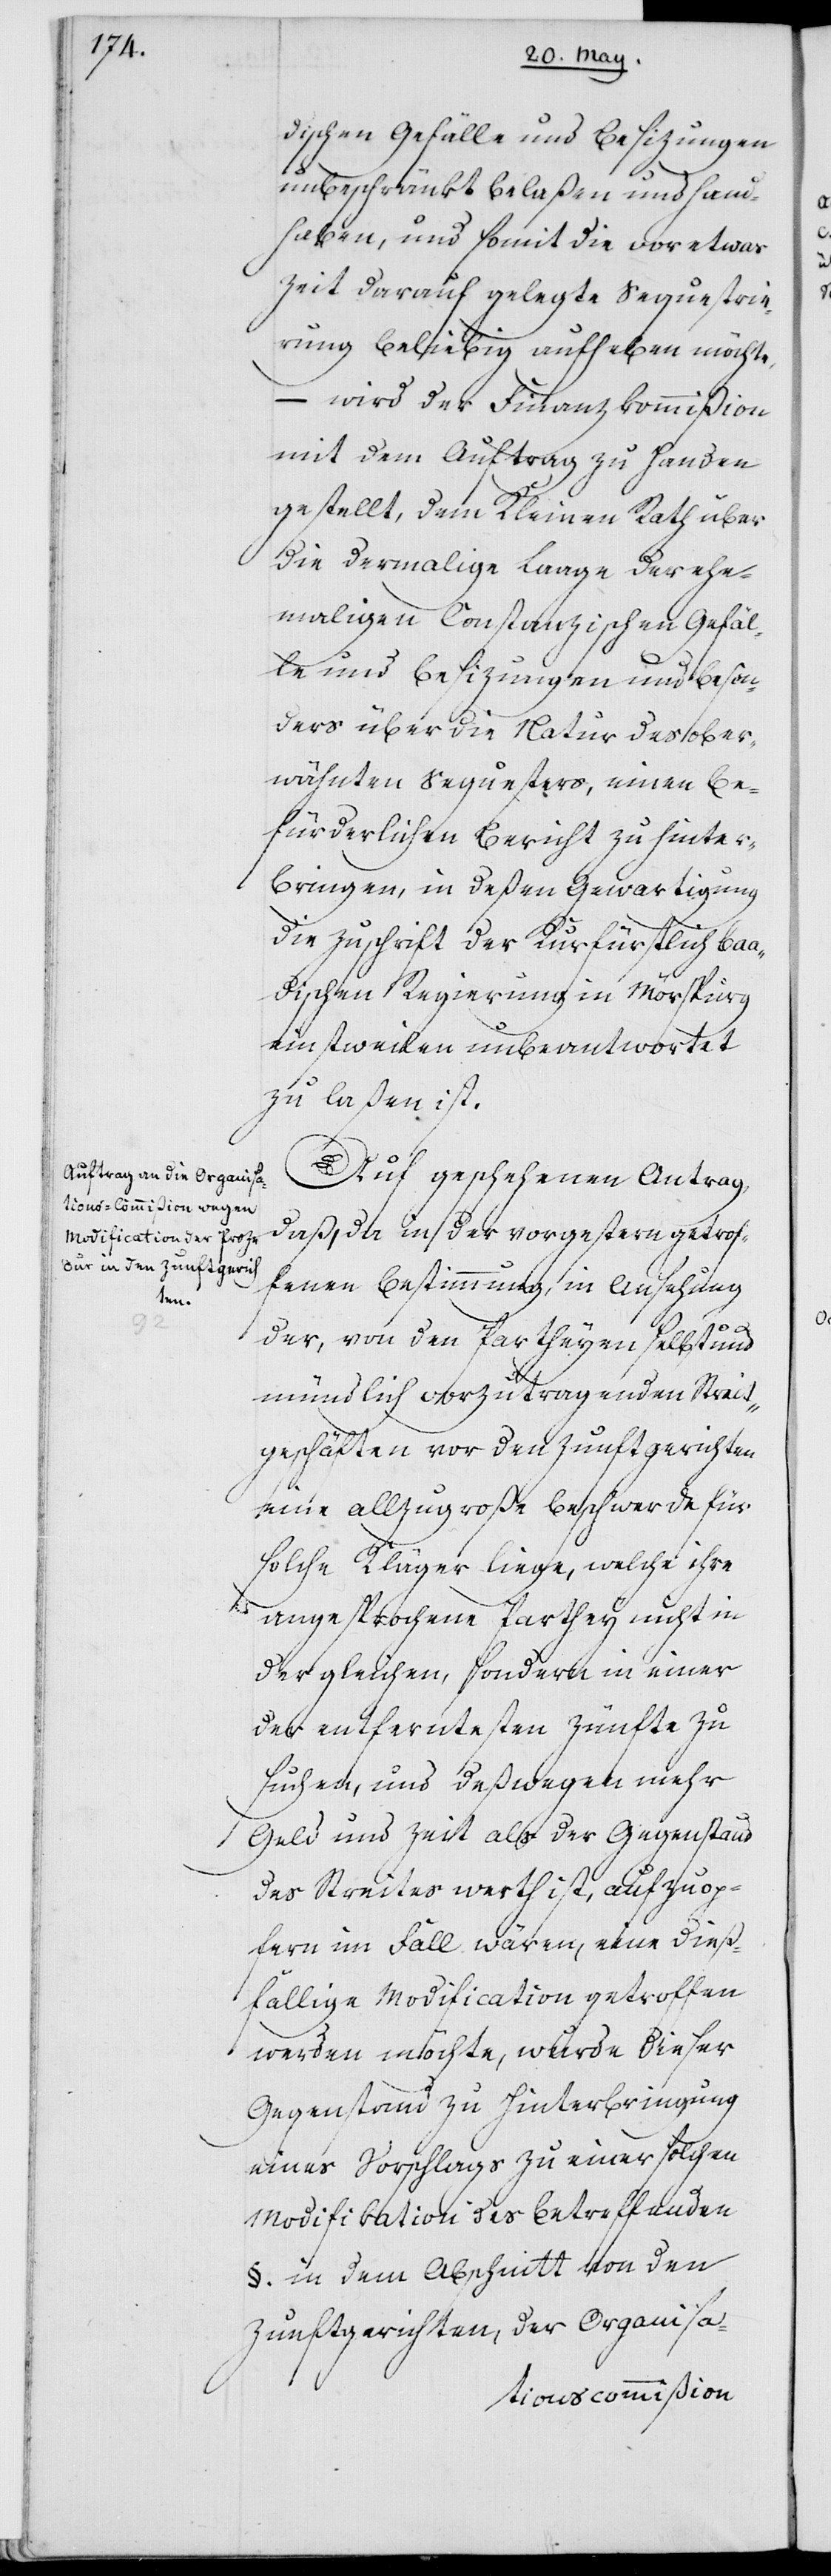
dischen Gefälle und Besizungen
unbeschränkt belaßen und hand¬
haben, und somit die vor etwas
Zeit darauf gelegte Sequestrie¬
rung beliebig aufheben möchte,
– wird der Finanzkommißion
mit dem Auftrag zu Handen
gestellt, dem Kleinen Rath über
die dermalige Laage der ehe¬
maligen Constanzischen Gefäl¬
le und Besizungen und beson¬
ders über die Natur des ober¬
wähnten Sequesters, einen be¬
fürderlichen Bericht zu hinter¬
bringen, in deßen Gewartigung
die Zuschrift der Kurfürstlich Baa¬
dischen Regierung in Mörspurg
einstweilen unbeantwortet
zu laßen ist.
Auf geschehenen Antrag,
daß, da in der vorgestern getrof¬
fenen Bestimmung, in Ansehung
der, von den Partheyen selbst und
mündlich vorzutragenden Streit¬
geschäften vor den Zunftgerichten
eine allzugroße Beschwerde für
solche Kläger liege, welche ihre
angesprochene Parthey nicht in
der gleichen, sondern in einer
der entferntesten Zünfte zu
suchen, und deßwegen mehr
Geld und Zeit als der Gegenstand
des Streites werth ist, aufzuop¬
fern im Fall wären, eine dieß¬
fällige Modification getroffen
werden möchte, wurde dieser
Gegenstand zu Hinterbringung
eines Vorschlags zu einer solchen
Modification des betreffenden
§. in dem Abschnitt von den
Zunftgerichten, der Organisa-